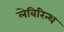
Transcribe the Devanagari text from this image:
लेबिरिन्थ